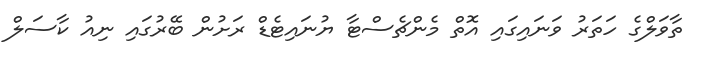
ތާވަލްގެ ހަތަރު ވަނައިގައި އޮތް މެންޗެސްޓާ ޔުނައިޓެޑް ރަށުން ބޭރުގައި ނިއު ކާސަލް